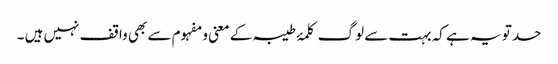
حد تو یہ ہے کہ بہت سے لوگ کلمۂ طیبہ کے معنی و مفہوم سے بھی واقف نہیں ہیں ۔